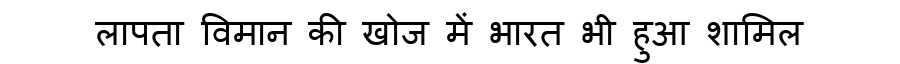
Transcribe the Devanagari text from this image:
लापता विमान की खोज में भारत भी हुआ शामिल